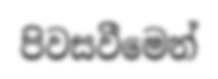
පිවසවීමෙන්